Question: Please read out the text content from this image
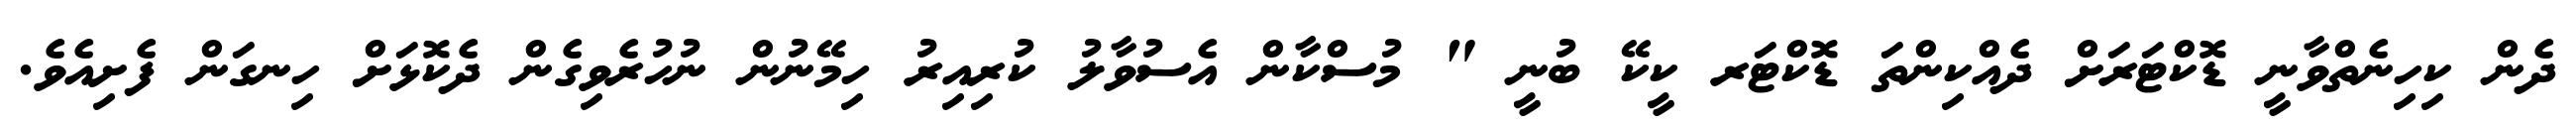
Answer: ދެން ކިހިނެތްވާނީ ޑޮކްޓަރަށް ދެއްކިންތަ ޑޮކްޓަރ ކީކޭ ބުނީ " މުސްކާން އެސުވާލު ކުރިއިރު ހިމޭނުން ނުހުރެވިގެން ދެކޮޅަށް ހިނގަން ފެށިއެވެ.